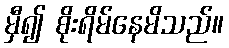
မှီ၍ စိုးရိမ်နေမိသည်။